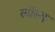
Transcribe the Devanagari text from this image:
लॉस्द